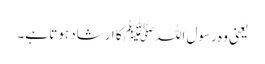
یعنی وہ رسول اللہﷺ کا ارشاد ہوتا ہے۔